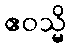
ဧဝသ္မိ